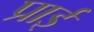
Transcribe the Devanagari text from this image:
प्राई